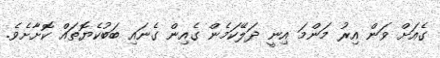
ގެއަށް ވަން އިރު މަންމަ އިނީ ދަލޭކަމެން ގެއިން ގެނައި ބަބުކެޔޮތައް ކޮށާށެވެ.